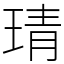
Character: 𤦭